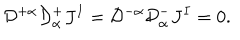
LaTeX: { \cal D } ^ { + \alpha } { \cal D } _ { \alpha } ^ { + } J ^ { I } = { \cal D } ^ { - \alpha } { \cal D } _ { \alpha } ^ { - } J ^ { I } = 0 .